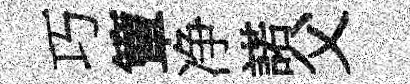
巧簟净諾父